Scottish Leaving Certificate Examination, 1954
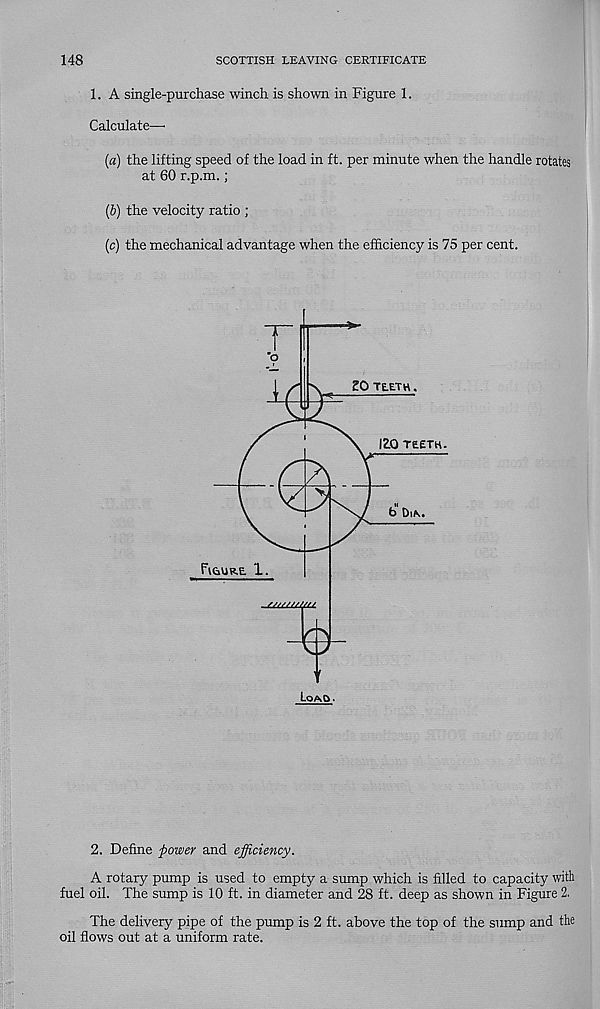
148
SCOTTISH LEAVING CERTIFICATE
1. A single-purchase winch is shown in Figure 1.
Calculate—•
(а) the lifting speed of the load in ft. per minute when the handle rotates
at 60 r.p.m.;
(б) the velocity ratio ;
(c) the mechanical advantage when the efficiency is 75 per cent.
CO TEETH
IZO reetH
b Dia
Figure 1.
///////////
0
Loao
2. Define power and efficiency.
A rotary pump is used to empty a sump which is filled to capacity with
fuel oil. The sump is 10 ft. in diameter and 28 ft. deep as shown in Figure 2.
The delivery pipe of the pump is 2 ft. above the top of the sump and the
oil flows out at a uniform rate.